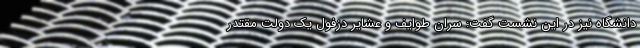
دانشگاه نیز در این نشست گفت: سران طوایف و عشایر دزفول یک دولت مقتدر